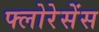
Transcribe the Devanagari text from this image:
फ्लोरेसेंस